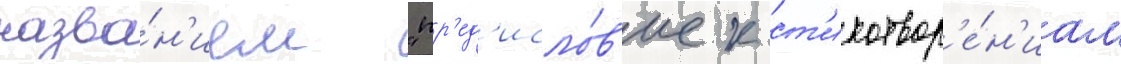
назва́н'ием "пр'ед'исло́в'ие к ст'ихотвор'е́н'иам